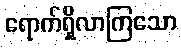
ရောက်ရှိလာကြသော